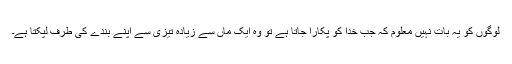
لوگوں کو یہ بات نہیں معلوم کہ جب خدا کو پکارا جاتا ہے تو وہ ایک ماں سے زیادہ تیزی سے اپنے بندے کی طرف لپکتا ہے۔